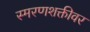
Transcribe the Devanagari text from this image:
स्मरणशक्तीवर